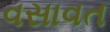
વસાવત